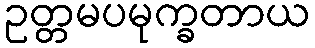
ဥတ္တမပမုက္ခတာယ